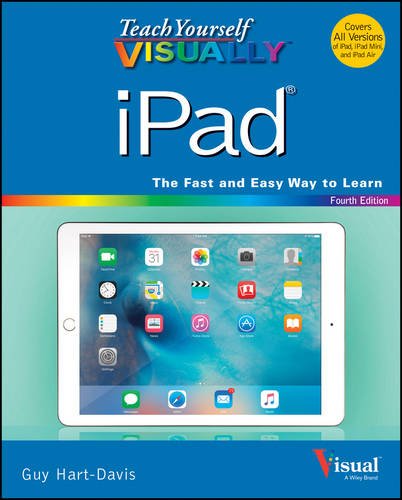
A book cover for Teach Yourself VISUALLY iPad: Covers iOS 9 and all models of iPad Air, iPad mini, and iPad Pro (Teach Yourself VISUALLY (Tech)); Guy Hart-Davis; Computers & Technology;